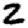
Digit: 2